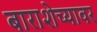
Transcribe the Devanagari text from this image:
बाराशेच्यावर